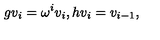
g v _ { i } = \omega ^ { i } v _ { i } , h v _ { i } = v _ { i - 1 } ,